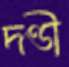
দণ্ডী